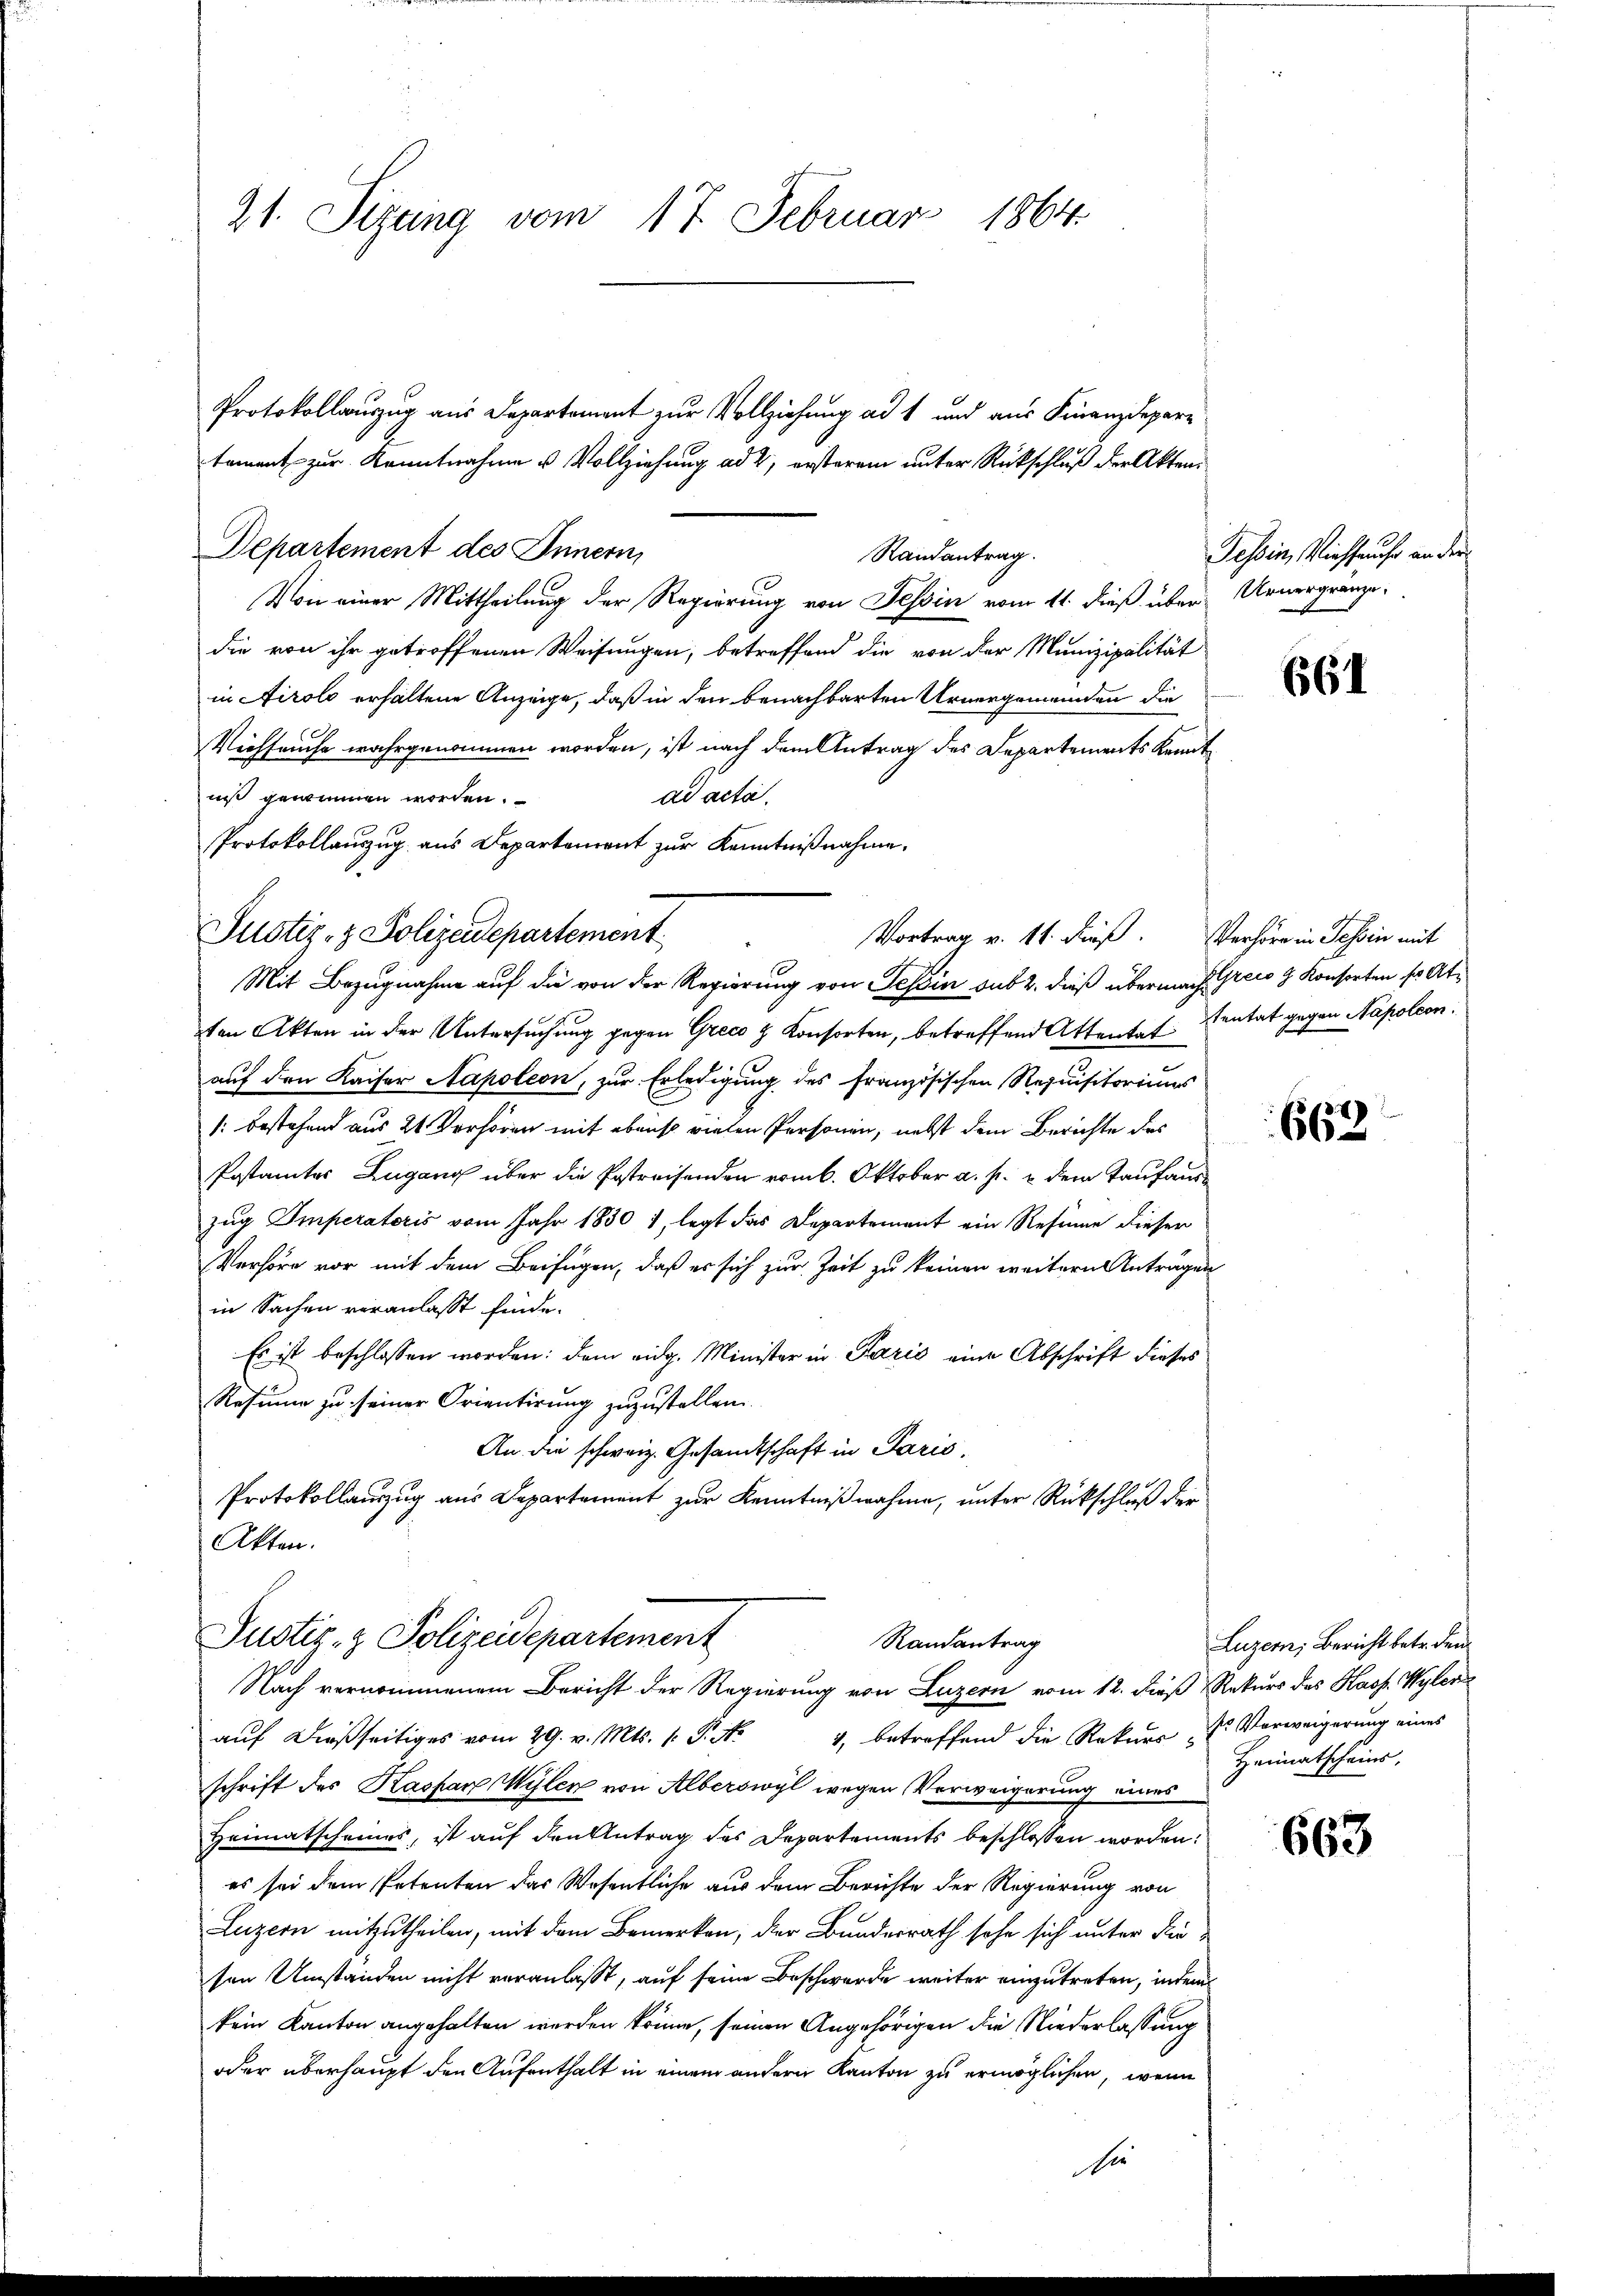
21. Sizung vom 17. Februar 1864.

Protokollauszug aus Departement zur Vollziehung ad 1 und aus Finanzdepar¬
Departement des Innern,
Randantrag.
Von einer Mittheilung der Regierung von Tessin vom 11. dieß über Urnergränze
die von ihr getroffenen Weisungen, betreffend die von der Munizipalität
in Airolo erhaltene Anzeige, daß in den benachbarten Urnergemeinden die
Viehhause wahrgenommen worden, ist nach dem Antrag des Departements Kenntunst gewinnen worden.
ad acta.
Protokollauszug aus Departement zur Kenntnißnahme.
Mit Bezugnahme auf die von der Regierung von Tessin sub 2. dieß übermach frei & Konsorten sr Atten Akten in der Untersuchung gegen Grees & Konsorten, betreffend Attentatentat gegen Napoleon
auf den Kaiser Napoleon, zur Erledigung des französischen Requisitoriums
: bestehend aus 21 Verhören mit ebenso vielen Personen, nebst dem Berichte des
Postamtes Zugang über die Postreisenden vom 6. Oktober a. p. u dem Taufauszug Imperatoris vom Jahr 1830 1, legt das Departement ein Resinne dieser
Verhöre vor mit dem Beifügen, daß er sich zur Zeit zu keinen weitern Anträgen
in Sachen veranlasst finde.
Es ist beschlossen worden: dem eidg. Minister in Parić eine Abschrift dieses
Resium zu seiner Orientirung zuzustellen.
An die schweiz. Gesandtschaft in Paris,
Protokollauszug aus Departement zur Kenntnißnahme, unter Rückschluß der
Akten.

Justiz- & Polizeidepartement

tament zur Kenntnahme u. Vollziehung ad 2, ersterem unter Rückschluß der Akten¬

Vortrag v. 11. dieß. Verhöre in Tessin mit

Justiz- & Polizeidepartement
Randantrag
Nach vernommenem Bericht der Regierung von Luzern vom 12. dieß Rekurs des Hass. Wylen

Tessin, Viehseuche an der

aŭf dießseitiges vom 29. v. Mts. v. P. N. 4, betreffend die Rekurs dr Vorweigerung eines
schrift des Kaspar Wylen von Alberswyl wegen Verweigerung eines
Heimatscheines, ist auf den Antrag des Departements beschlossen worden.
es sei dem Petenten das Wesentliche aus dem Berichte der Regierung von
Luzern mitzutheilen, mit dem Bemerken, der Bundesrath sehe sich unter die
sen Umständen nicht veranlasst, auf seine Beschwerde weiter einzutreten, indem
kein Kanton angehalten werden könne, seinen Angehörigen die Niederlassung
oder überhaupt den Aufenthalt in einem andern Kanton zu ermöglichen, wenn
die

661

662

Luzern, Bericht betr. den
Heimatscheins,

663